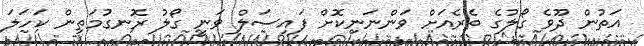
އަތުން ދޫވެ ގޯލުގެ ތެރެއަށް ވަންނަނިކޮށް ފައިސަލް ވަނީ ގޯލު ރޮނގުމަތިން ކަހަލަ